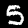
Label: 5